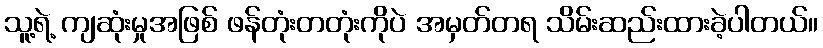
သူ့ရဲ့ ကျဆုံးမှုအဖြစ် ဖန်တုံးတတုံးကိုပဲ အမှတ်တရ သိမ်းဆည်းထားခဲ့ပါတယ်။